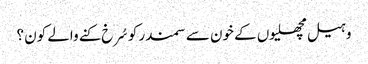
وہیل مچھلیوں کے خون سے سمندر کو سُرخ کنے والے کون ؟